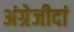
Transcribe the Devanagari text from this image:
अंग्रेजीदां